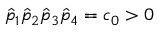
\hat { p } _ { 1 } \hat { p } _ { 2 } \hat { p } _ { 3 } \hat { p } _ { 4 } = c _ { 0 } > 0